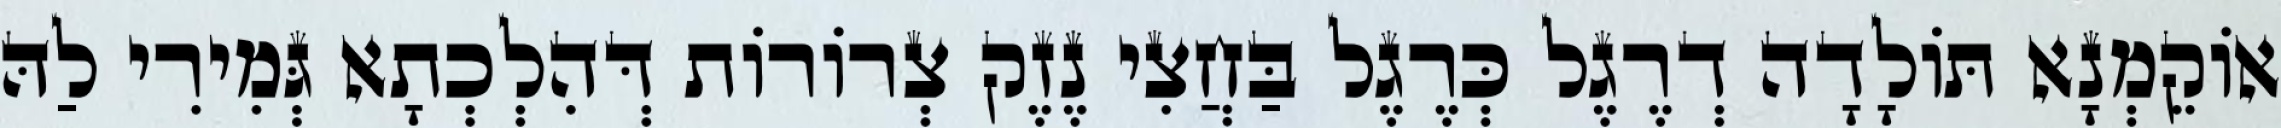
אוֹקֵמְנָא תּוֹלָדָה דְרֶגֶל כְּרֶגֶל בַּחֲצִי נֶזֶק צְרוֹרוֹת דְּהִלְכְתָא גְּמִירִי לַהּ